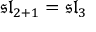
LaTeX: { \mathfrak { s l } } _ { 2 + 1 } = { \mathfrak { s l } } _ { 3 }